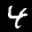
Label: 4